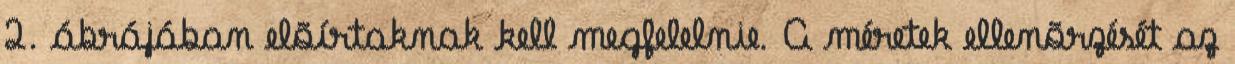
2. ábrájában elõírtaknak kell megfelelnie. A méretek ellenõrzését az